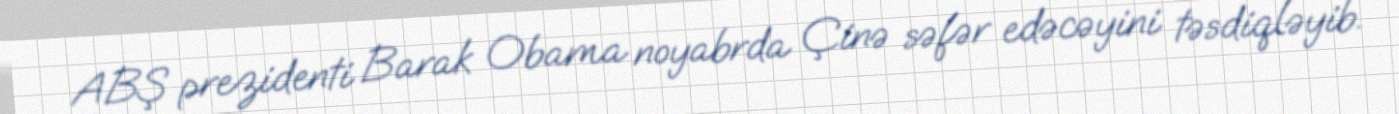
ABŞ prezidenti Barak Obama noyabrda Çinə səfər edəcəyini təsdiqləyib.